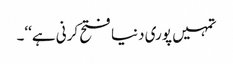
تمہیں پوری دنیا فتح کرنی ہے‘‘۔